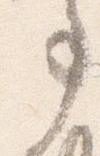
事